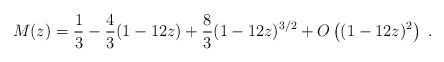
\begin{align*}M(z)=\frac{1}{3}-\frac{4}{3} (1- 12z)+\frac{8}{3} (1-12z)^{3/2}+ O\left((1-12z)^2\right)~.\end{align*}